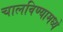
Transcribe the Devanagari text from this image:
चालविण्यामध्ये